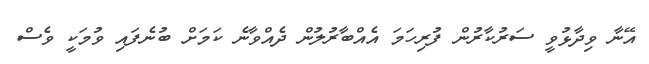
އޭނާ ވިދާޅުވީ ސަރުކާރުން ފުރިހަމަ އެއްބާރުލުން ދެއްވާނެ ކަމަށް ބުނެފައި ވުމަކީ ވެސް